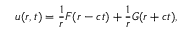
u ( r , t ) = { \frac { 1 } { r } } F ( r - c t ) + { \frac { 1 } { r } } G ( r + c t ) ,